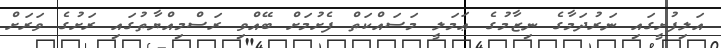
އަލިފުށީގައި ނަރުދަމާގެ ނިޒާމުގެ ޢަމަލީ މަސައްކަތް ފެށުމަށް ބޭއްވި ރަސްމިއްޔާތުގައި ރަށުގެ ވަރަށް